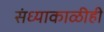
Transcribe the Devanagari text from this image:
संध्याकाळीही